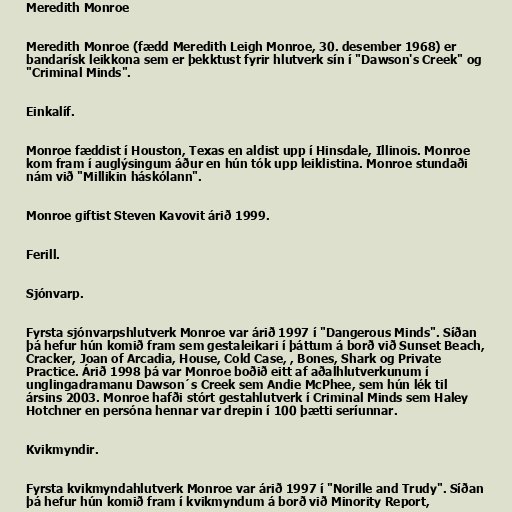
Meredith Monroe

Meredith Monroe (fædd Meredith Leigh Monroe, 30. desember 1968) er
bandarísk leikkona sem er þekktust fyrir hlutverk sín í "Dawson's Creek" og
"Criminal Minds".

Einkalíf.

Monroe fæddist í Houston, Texas en aldist upp í Hinsdale, Illinois. Monroe
kom fram í auglýsingum áður en hún tók upp leiklistina. Monroe stundaði
nám við "Millikin háskólann".

Monroe giftist Steven Kavovit árið 1999.

Ferill.

Sjónvarp.

Fyrsta sjónvarpshlutverk Monroe var árið 1997 í "Dangerous Minds". Síðan
þá hefur hún komið fram sem gestaleikari í þáttum á borð við Sunset Beach,
Cracker, Joan of Arcadia, House, Cold Case, , Bones, Shark og Private
Practice. Árið 1998 þá var Monroe boðið eitt af aðalhlutverkunum í
unglingadramanu Dawson´s Creek sem Andie McPhee, sem hún lék til
ársins 2003. Monroe hafði stórt gestahlutverk í Criminal Minds sem Haley
Hotchner en persóna hennar var drepin í 100 þætti seríunnar.

Kvikmyndir.

Fyrsta kvikmyndahlutverk Monroe var árið 1997 í "Norille and Trudy". Síðan
þá hefur hún komið fram í kvikmyndum á borð við Minority Report,